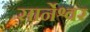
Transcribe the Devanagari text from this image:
सार्नेश्वर